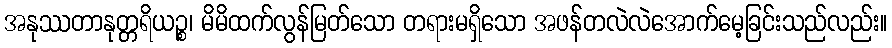
အနုဿတာနုတ္တရိယဉ္စ၊ မိမိထက်လွန်မြတ်သော တရားမရှိသော အဖန်တလဲလဲအောက်မေ့ခြင်းသည်လည်း။